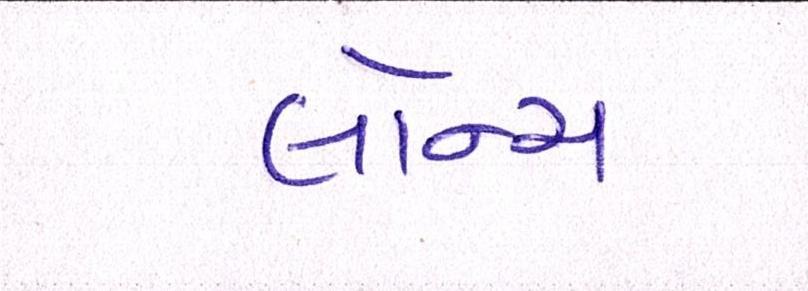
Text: લૉન્ચ